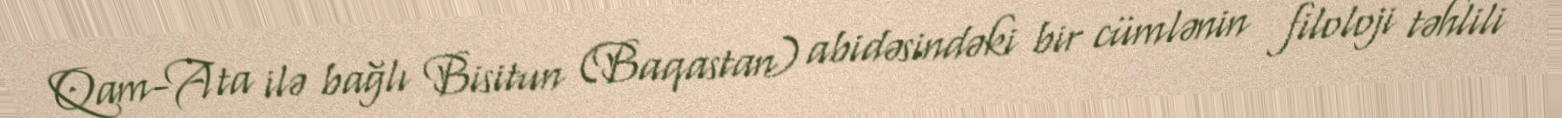
Qam-Ata ilə bağlı Bisitun (Baqastan) abidəsindəki bir cümlənin filoloji təhlili